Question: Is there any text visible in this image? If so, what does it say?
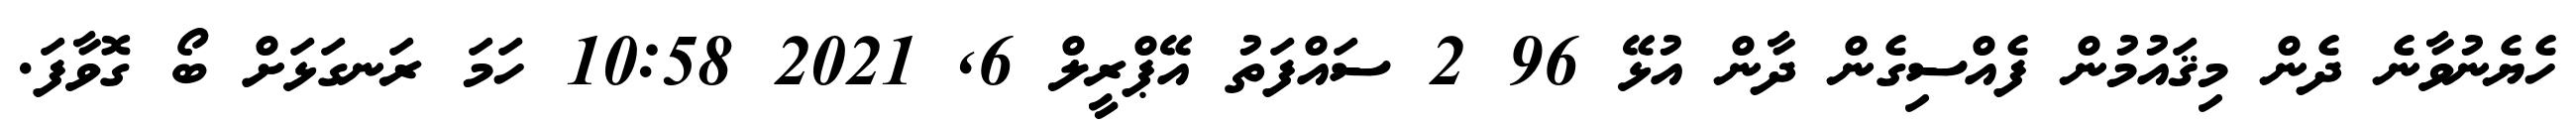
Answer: ހެޔެނުވާނެ ދެން މިޤައުމުން ފެއްސިގެން ދާން އުޅޭ 96 2 ސައްފަތު އޭޕްރީލް 6, 2021 10:58 ހަމަ ރަނގަޅަށް ބޯ ގޮވާފަ.